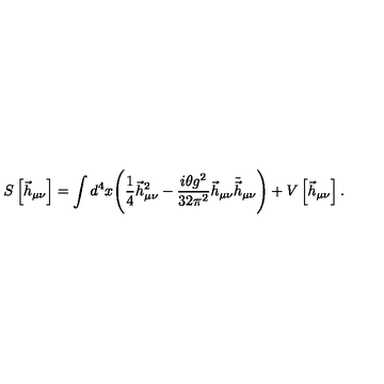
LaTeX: S \left[ \vec { h } _ { \mu \nu } \right] = \int d ^ { 4 } x \Biggl ( \frac { 1 } { 4 } \vec { h } _ { \mu \nu } ^ { 2 } - \frac { i \theta g ^ { 2 } } { 3 2 \pi ^ { 2 } } \vec { h } _ { \mu \nu } \tilde { \vec { h } } _ { \mu \nu } \Biggr ) + V \left[ \vec { h } _ { \mu \nu } \right] .